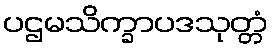
ပဌမသိက္ခာပဒသုတ္တံ